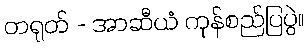
တရုတ် - အာဆီယံ ကုန်စည်ပြပွဲ။